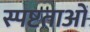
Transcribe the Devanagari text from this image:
स्पष्टताओं